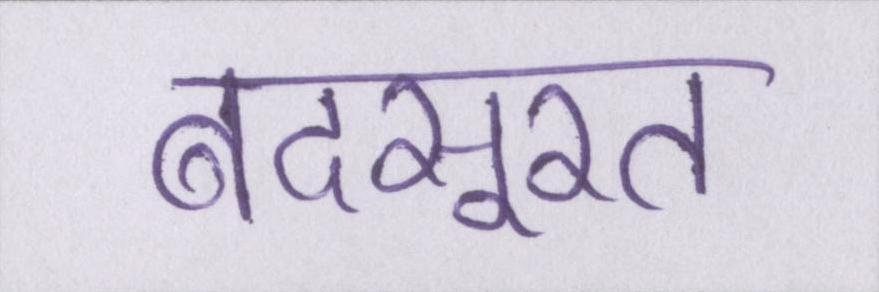
बदसूरत